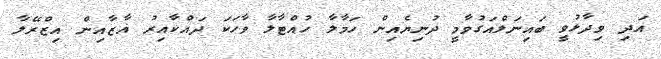
އަދި ވިދާޅުވީ ބައިނަލްއަގުވާމީ ދުނިޔެއިން ހަމާލާ ހުއްޓާލާ ވާހަކަ ދައްކާއިރު ޣާޒާއިން އިޒްރޭލާ